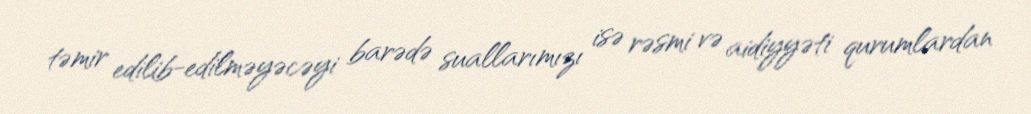
təmir edilib-edilməyəcəyi barədə suallarımızı isə rəsmi və aidiyyəti qurumlardan